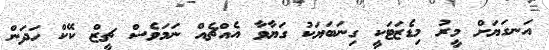
އަނގަޔަށް މީރު މިޑެޒަޓަކީ ގިނަބަޔަކު ގަޔާވާ އެއްޗެއް ނަމަވެސް ޗީޒް ކޭކް ހަދަން